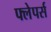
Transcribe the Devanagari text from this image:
फ्लेपर्स